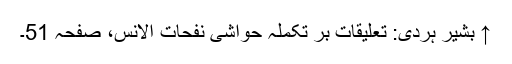
↑ بشیر ہردی: تعلیقات بر تکملہ حواشی نفحات الانس، صفحہ 51۔